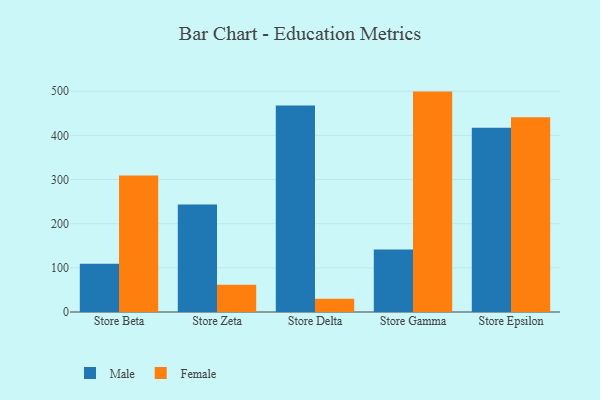
{"axis": {"x": "Store", "y": "Budget (USD K)"}, "legend": ["Female", "Male"], "data": [{"x": "Store Beta", "y": 109.2, "type": "Male"}, {"x": "Store Beta", "y": 309.2, "type": "Female"}, {"x": "Store Zeta", "y": 243.5, "type": "Male"}, {"x": "Store Zeta", "y": 61.7, "type": "Female"}, {"x": "Store Delta", "y": 467.4, "type": "Male"}, {"x": "Store Delta", "y": 30.2, "type": "Female"}, {"x": "Store Gamma", "y": 141.6, "type": "Male"}, {"x": "Store Gamma", "y": 499.1, "type": "Female"}, {"x": "Store Epsilon", "y": 417.2, "type": "Male"}, {"x": "Store Epsilon", "y": 440.8, "type": "Female"}]}